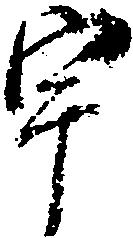
宇